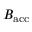
B _ { \mathrm { a c c } }